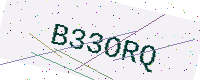
Text: B33ORQ